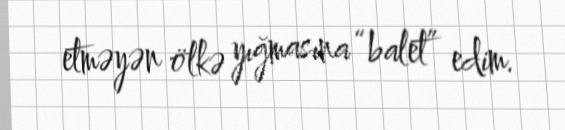
etməyən ölkə yığmasına “balet” edim.